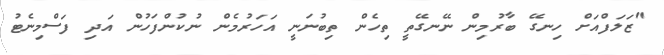
"ޒަލަފްއަށް ހިނގޭ ބާރުމިން ނޭނގޭތީ ތިހެން ތިބުނަނީ އަހަރުމެން ނުކުންފަހުން އަދި ފަސްމިނެޓު